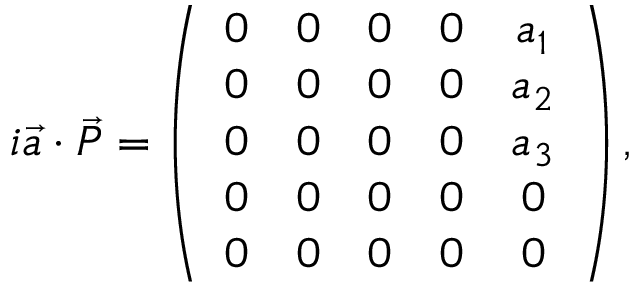
i { \vec { a } } \cdot { \vec { P } } = \left( { \begin{array} { c c c c c } { 0 } & { 0 } & { 0 } & { 0 } & { a _ { 1 } } \\ { 0 } & { 0 } & { 0 } & { 0 } & { a _ { 2 } } \\ { 0 } & { 0 } & { 0 } & { 0 } & { a _ { 3 } } \\ { 0 } & { 0 } & { 0 } & { 0 } & { 0 } \\ { 0 } & { 0 } & { 0 } & { 0 } & { 0 } \end{array} } \right) , \qquad